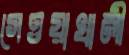
গেওয়াখালী